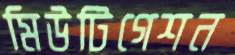
মিউটিগেশন